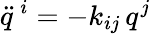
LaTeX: \ddot{q}^{\ i}=-k_{ij}\, q^{j}